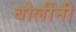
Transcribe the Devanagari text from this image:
बोलींनी